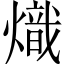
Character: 熾